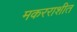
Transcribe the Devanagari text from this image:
मकरराशीत